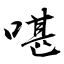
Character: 啿